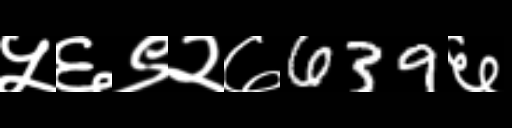
Text: ५६९२७639६